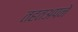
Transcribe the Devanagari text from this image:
तहतअपने